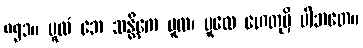
၈၅၁။ မူလံ ဘေ သန္တိကေ မူလ၊ မူလေ ဟေတုမှိ ပါဘတေ။